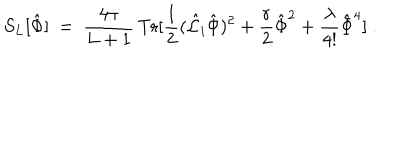
S _ { L } [ { \hat { \Phi } } ] \ = \ { \frac { 4 \pi } { L + 1 } } \, \mathrm { T r } [ { \frac { 1 } { 2 } } ( { \hat { \cal L } } _ { i } { \hat { \Phi } } ) ^ { 2 } + { \frac { r } { 2 } } { \hat { \Phi } } ^ { 2 } + { \frac { \lambda } { 4 ! } } { \hat { \Phi } } ^ { 4 } ] \ .